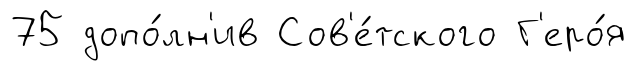
75 допо́лн'ив Сов'е́тского Г'еро́я